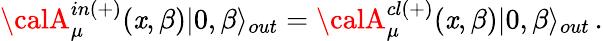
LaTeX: {\calA}_{\mu}^{in(+)}(\mathit{x},\beta)|0,\beta\rangle_{out}={\calA}_{\mu}^{cl(+)}(\mathit{x},\beta)|0,\beta\rangle_{out}\, .